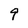
Character: 9